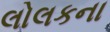
લોલકના